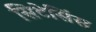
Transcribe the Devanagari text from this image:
सिटेसिंस